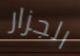
الجزار